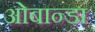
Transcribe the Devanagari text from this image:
ओबान्डा